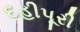
દહીપૂરી